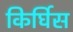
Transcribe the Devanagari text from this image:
किर्घिस